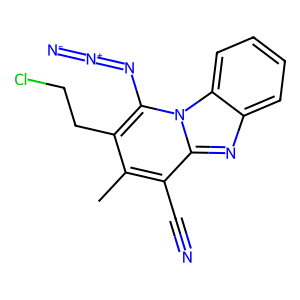
SMILES: Cc1c(CCCl)c(N=[N+]=[N-])n2c(nc3ccccc32)c1C#N
Inhibits HIV replication: No